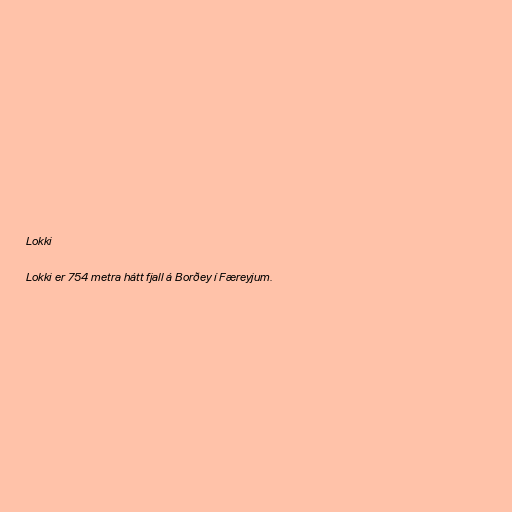
Lokki

Lokki er 754 metra hátt fjall á Borðey í Færeyjum.